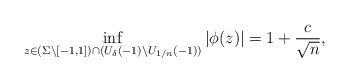
LaTeX: \begin{align*}\inf_{z \in (\Sigma \backslash [-1,1]) \cap (U_\delta(-1) \backslash U_{1/n}(-1))} \vert \phi(z)\vert = 1 + \frac{c}{\sqrt{n}}, \end{align*}